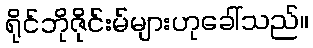
ရိုင်ဘိုဇိုင်းမ်များဟုခေါ်သည်။